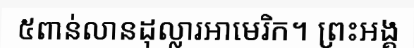
៥ពាន់លានដុល្លារអាមេរិក។ ព្រះអង្គ